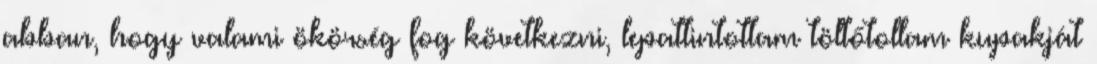
abban, hogy valami ökörség fog következni, lepattintottam töltőtollam kupakját